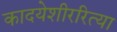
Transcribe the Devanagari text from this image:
कादयेशीररित्या